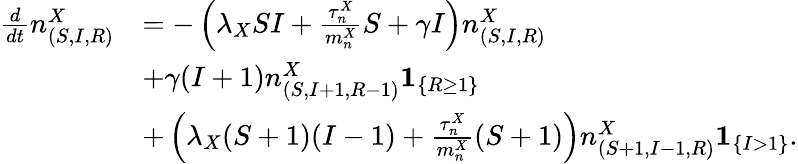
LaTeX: \begin{array}{rl}{\frac{d}{dt}n_{(S,I,R)}^{X}}&{=-\left(\lambda_{X}SI+\frac{\tau_{n}^{X}}{m_{n}^{X}}S+\gamma I\right)n_{(S,I,R)}^{X}}\\ &{+\gamma(I+1)n_{(S,I+1,R-1)}^{X}\mathbf{1}_{\left\{ R\geq 1\right\} }}\\ &{+\left(\lambda_{X}(S+1)(I-1)+\frac{\tau_{n}^{X}}{m_{n}^{X}}(S+1)\right)n_{(S+1,I-1,R)}^{X}\mathbf{1}_{\left\{ I>1\right\} }.}\end{array}